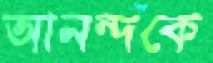
আনন্দকে